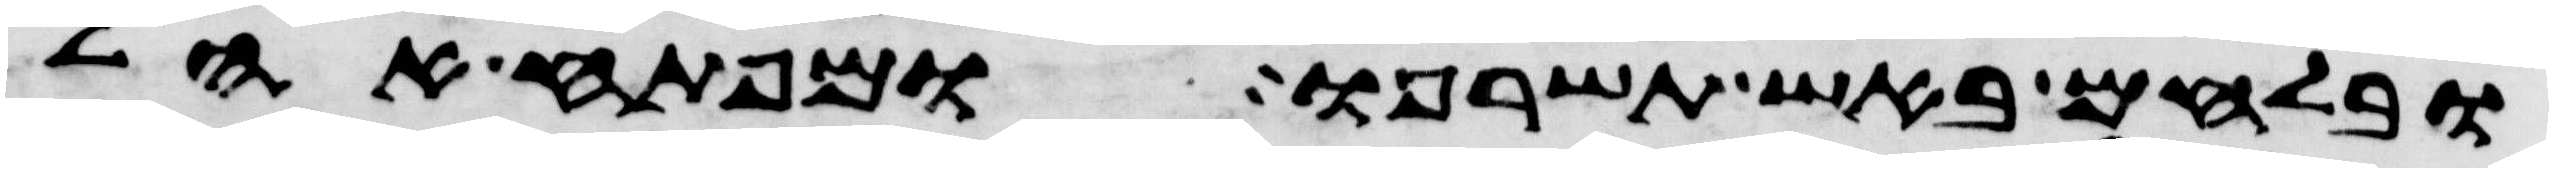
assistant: ובלחם באש תשרפו ומפתח אהל